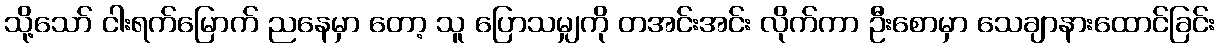
သို့သော် ငါးရက်မြောက် ညနေမှာ တော့ သူ ပြောသမျှကို တအင်းအင်း လိုက်ကာ ဦးစောမှာ သေချာနားထောင်ခြင်း